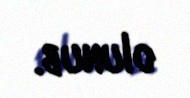
olunub.